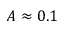
A \approx 0 . 1